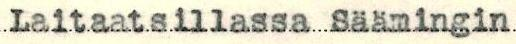
Laitaatsillassa Säämingin